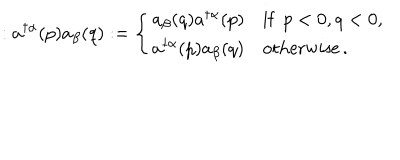
: a ^ { \dagger \alpha } ( p ) a _ { \beta } ( q ) : = \left\{ \begin{array} { l l } { { a _ { \beta } ( q ) a ^ { \dagger \alpha } ( p ) } } & { { \mathrm { i f } \enspace p < 0 , q < 0 , } } \\ { { a ^ { \dagger \alpha } ( p ) a _ { \beta } ( q ) } } & { { \mathrm { o t h e r w i s e } \, . } } \\ \end{array} \right.